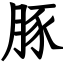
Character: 豚